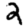
Digit: 2